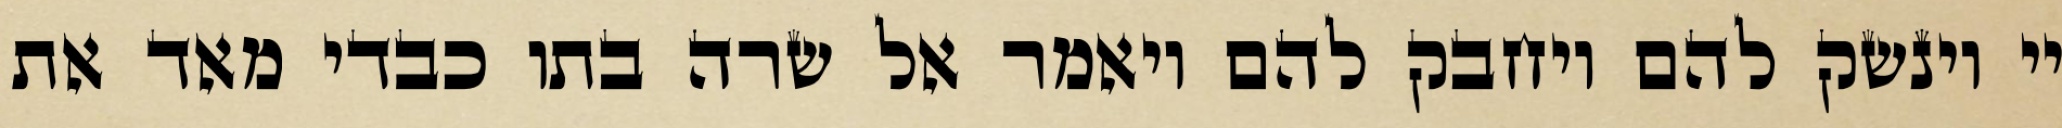
יי וינשק להם ויחבק להם ויאמר אל שרה בתו כבדי מאד את